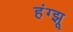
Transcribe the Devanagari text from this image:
हंग्झू